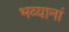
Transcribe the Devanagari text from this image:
भव्यानां